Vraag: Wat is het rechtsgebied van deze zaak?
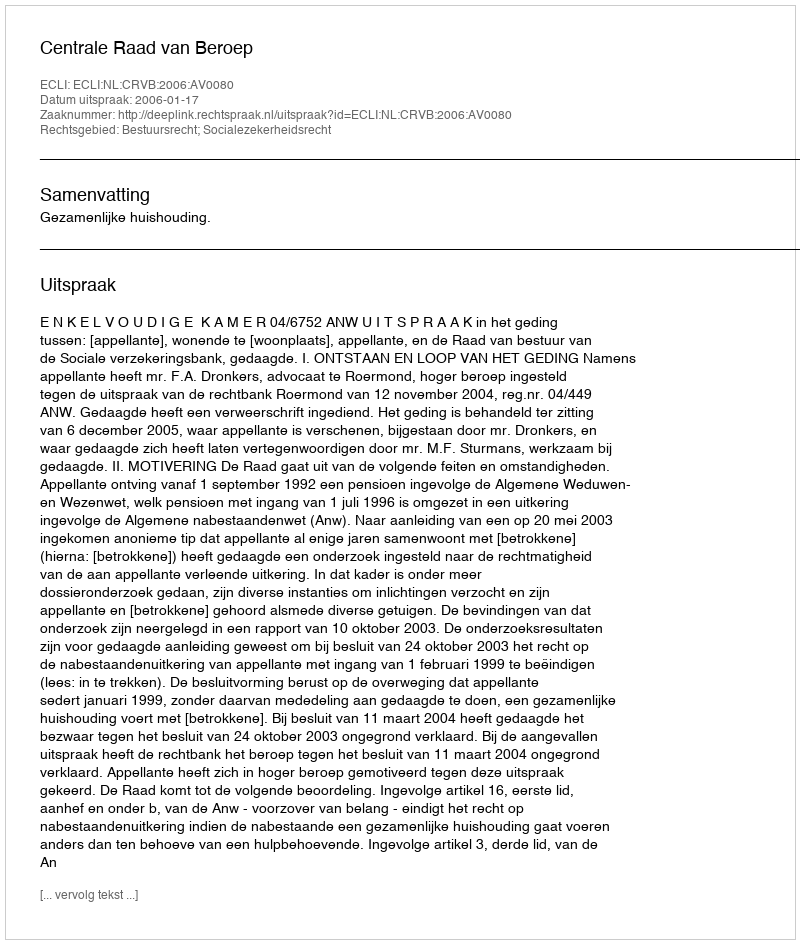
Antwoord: Bestuursrecht; Socialezekerheidsrecht